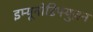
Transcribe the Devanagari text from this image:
इम्यूनोडिफ्युज़न